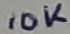
Text: 10K